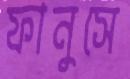
ফানুসে